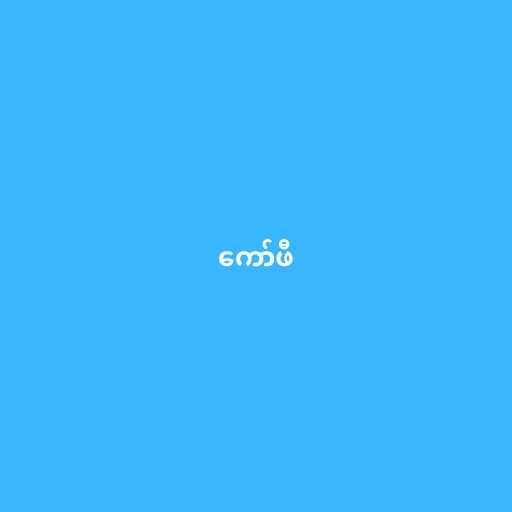
ကော်ဖီ